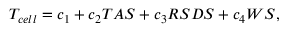
\begin{array} { r } { T _ { c e l l } = c _ { 1 } + c _ { 2 } T A S + c _ { 3 } R S D S + c _ { 4 } W S , } \end{array}